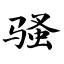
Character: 骚